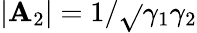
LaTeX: |\mathbf{A}_{2}|=1/\sqrt{}{{\gamma_{1}\gamma_{2}}}